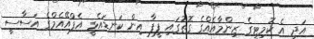
އަދި އެ ކޮމިޓީގެ ޒިންމާއެއްގެ ގޮތުގައި ފީފާ އިން ކަނޑައެޅީ އެފްއޭއެމްގެ އަސާސީ